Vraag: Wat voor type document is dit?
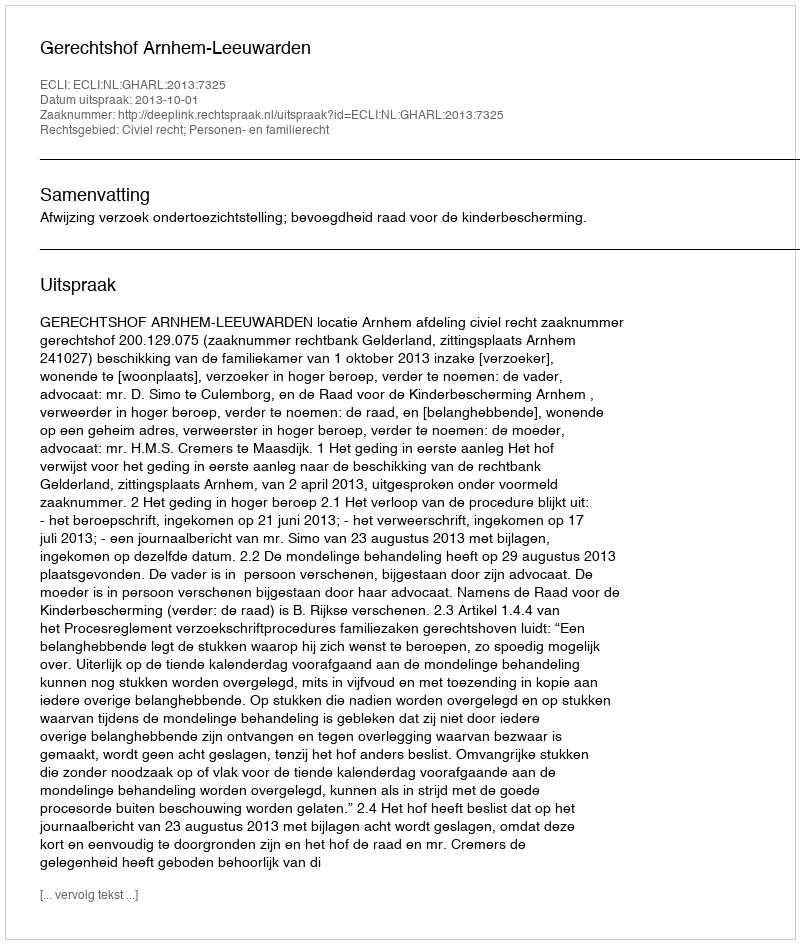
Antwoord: Uitspraak